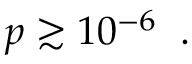
p \gtrsim 1 0 ^ { - 6 } \; \; .